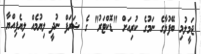
ޖަމީލުމި ބޭފުޅާގެ ނަމުގެ ކުރިއަށް "ޑޮކްޓަރު" ގެ ޝަރަފް ނުދީ ލިޔުމެއް ލިޔެފިއްޔާ